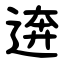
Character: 逩